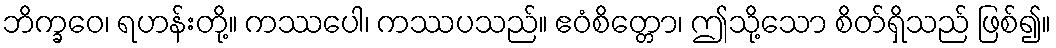
ဘိက္ခဝေ၊ ရဟန်းတို့။ ကဿပေါ၊ ကဿပသည်။ ဧဝံစိတ္တော၊ ဤသို့သော စိတ်ရှိသည် ဖြစ်၍။